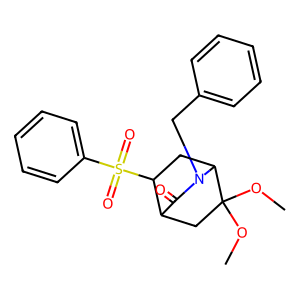
SMILES: COC1(OC)CC2C(=O)N(Cc3ccccc3)C1CC2S(=O)(=O)c1ccccc1
Inhibits HIV replication: No